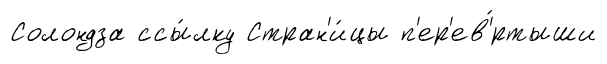
Солондза ссы́лку Стран'и́цы п'ер'ев'́ртыши